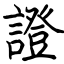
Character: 證